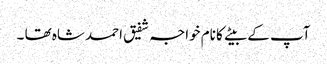
آپ کے بیتے کا نام خواجہ شفیق احمد شاہ تھا ۔